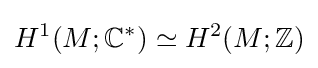
H^{1}(M;\mathbb {C} ^{*})\simeq H^{2}(M;\mathbb {Z} )